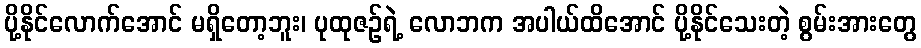
ပို့နိုင်လောက်အောင် မရှိတော့ဘူး၊ ပုထုဇဉ်ရဲ့ လောဘက အပါယ်ထိအောင် ပို့နိုင်သေးတဲ့ စွမ်းအားတွေ